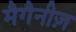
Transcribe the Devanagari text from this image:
मैगैनीज़